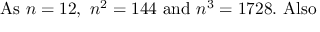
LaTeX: { \mathrm { A s ~ } } n = 1 2 { \mathrm { , ~ } } n ^ { 2 } = 1 4 4 { \mathrm { ~ a n d ~ } } n ^ { 3 } = 1 7 2 8 . { \mathrm { ~ A l s o } }